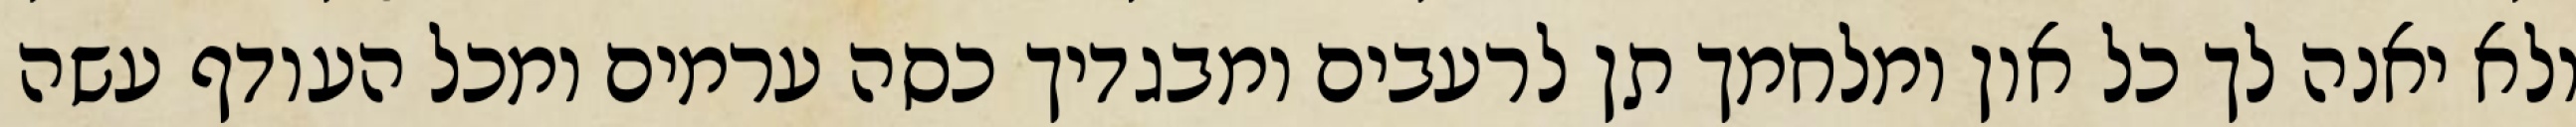
ולא יאנה לך כל און ומלחמך תן לרעבים ומבגדיך כסה ערמים ומכל העודף עשה